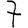
Digit: 7